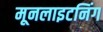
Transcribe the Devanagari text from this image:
मूनलाइटनिंग